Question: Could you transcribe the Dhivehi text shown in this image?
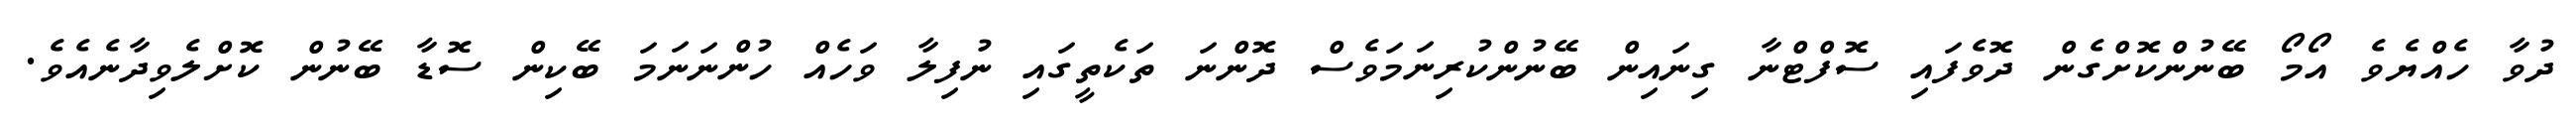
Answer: ދުވާ ހެއްޔެވެ އޯމޯ ބޭނުންކޮށްގެން ދޮވެފައި ސޮފްޓްނާ ގިނައިން ބޭނުންކުރިނަމަވެސް ދޮންނަ ތަކެތީގައި ނުފިލާ ވަހެއް ހުންނަނަމަ ބޭކިން ސޮޑާ ބޭނުން ކޮށްލެވިދާނެއެވެ.